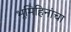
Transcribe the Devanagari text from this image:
भूमिहिनांचा